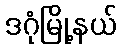
ဒဂုံမြို့နယ်